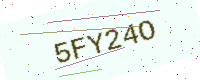
Text: 5FY24O